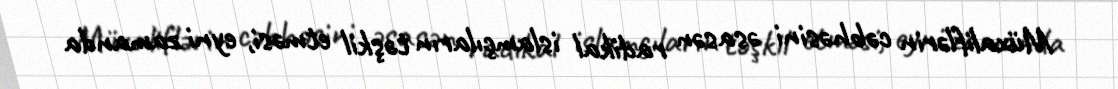
Müxaliflərin cəbhəsini əsasən radikal islamçıların təşkil etməsi, eyni zamanda